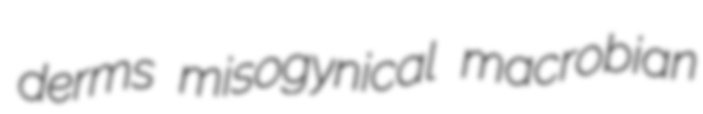
derms misogynical macrobian